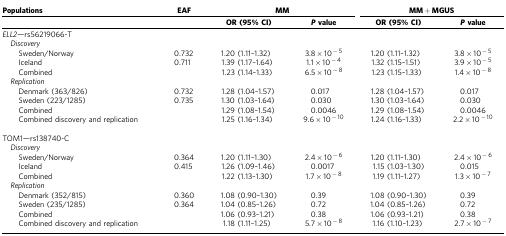
<table><thead><tr><td><b>Populations</b></td><td><b>EAF</b></td><td colspan="2"><b>MM</b></td><td colspan="2"><b>MM+MGUS</b></td></tr><tr><td><b> </b></td><td><b> </b></td><td><b>OR (95% CI)</b></td><td><b><i>P</i>value</b></td><td><b>OR (95% CI)</b></td><td><b><i>P</i>value</b></td></tr></thead><tbody><tr><td colspan="6"><i>ELL2</i>—rs56219066-T</td></tr><tr><td colspan="6"> <i>Discovery</i></td></tr><tr><td>Sweden/Norway</td><td>0.732</td><td>1.20 (1.11–1.32)</td><td>3.8 × 10<sup>−5</sup></td><td>1.20 (1.11–1.32)</td><td>3.8 × 10<sup>−5</sup></td></tr><tr><td>Iceland</td><td>0.711</td><td>1.39 (1.17–1.64)</td><td>1.1 × 10<sup>−4</sup></td><td>1.32 (1.15–1.51)</td><td>3.9 × 10<sup>−5</sup></td></tr><tr><td>Combined</td><td> </td><td>1.23 (1.14–1.33)</td><td>6.5 × 10<sup>−8</sup></td><td>1.23 (1.15–1.33)</td><td>1.4 × 10<sup>−8</sup></td></tr><tr><td colspan="6"> <i>Replication</i></td></tr><tr><td>Denmark (363/826)</td><td>0.732</td><td>1.28 (1.04–1.57)</td><td>0.017</td><td>1.28 (1.04–1.57)</td><td>0.017</td></tr><tr><td>Sweden (223/1285)</td><td>0.735</td><td>1.30 (1.03–1.64)</td><td>0.030</td><td>1.30 (1.03–1.64)</td><td>0.030</td></tr><tr><td>Combined</td><td> </td><td>1.29 (1.08–1.54)</td><td>0.0046</td><td>1.29 (1.08–1.54)</td><td>0.0046</td></tr><tr><td>Combined discovery and replication</td><td> </td><td>1.25 (1.16–1.34)</td><td>9.6 × 10<sup>−10</sup></td><td>1.24 (1.16–1.33)</td><td>2.2 × 10<sup>−10</sup></td></tr><tr><td> </td><td> </td><td> </td><td> </td><td> </td><td> </td></tr><tr><td colspan="6">TOM1—rs138740-C</td></tr><tr><td> <i>Discovery</i></td><td> </td><td> </td><td> </td><td> </td><td> </td></tr><tr><td>Sweden/Norway</td><td>0.364</td><td>1.20 (1.11–1.30)</td><td>2.4 × 10<sup>−6</sup></td><td>1.20 (1.11–1.30)</td><td>2.4 × 10<sup>−6</sup></td></tr><tr><td>Iceland</td><td>0.415</td><td>1.26 (1.09–1.46)</td><td>0.0017</td><td>1.15 (1.03–1.30)</td><td>0.015</td></tr><tr><td>Combined</td><td> </td><td>1.22 (1.13–1.30)</td><td>1.7 × 10<sup>−8</sup></td><td>1.19 (1.11–1.27)</td><td>1.3 × 10<sup>−7</sup></td></tr><tr><td colspan="6"> <i>Replication</i></td></tr><tr><td>Denmark (352/815)</td><td>0.360</td><td>1.08 (0.90–1.30)</td><td>0.39</td><td>1.08 (0.90–1.30)</td><td>0.39</td></tr><tr><td>Sweden (235/1285)</td><td>0.364</td><td>1.04 (0.85–1.26)</td><td>0.72</td><td>1.04 (0.85–1.26)</td><td>0.72</td></tr><tr><td>Combined</td><td> </td><td>1.06 (0.93–1.21)</td><td>0.38</td><td>1.06 (0.93–1.21)</td><td>0.38</td></tr><tr><td>Combined discovery and replication</td><td> </td><td>1.18 (1.11–1.25)</td><td>5.7 × 10<sup>−8</sup></td><td>1.16 (1.10–1.23)</td><td>2.7 × 10<sup>−7</sup></td></tr></tbody></table>